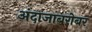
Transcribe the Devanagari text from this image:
अंदाजाबरोबर